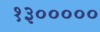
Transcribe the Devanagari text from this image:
१३०००००